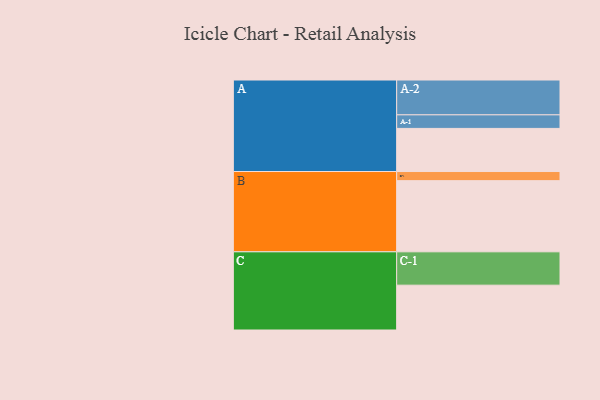
{"axis": {"x": "Segment", "y": "Value"}, "legend": ["", "A", "B", "C"], "data": [{"x": "A", "y": 349, "type": ""}, {"x": "B", "y": 576, "type": ""}, {"x": "C", "y": 363, "type": ""}, {"x": "A-1", "y": 110, "type": "A"}, {"x": "A-2", "y": 282, "type": "A"}, {"x": "B-1", "y": 74, "type": "B"}, {"x": "C-1", "y": 270, "type": "C"}]}